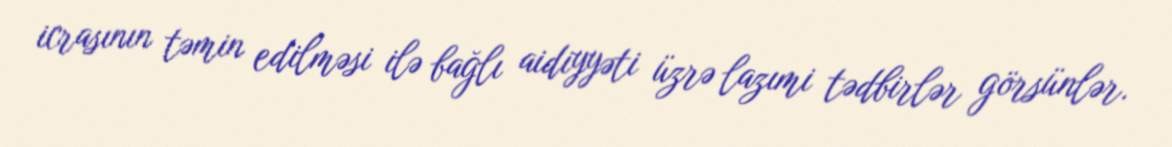
icrasının təmin edilməsi ilə bağlı aidiyyəti üzrə lazımi tədbirlər görsünlər.